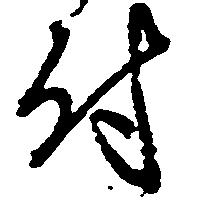
付